Civil Veterinary Department. United Provinces 1932-42 - 1932-1942
Year: 1932
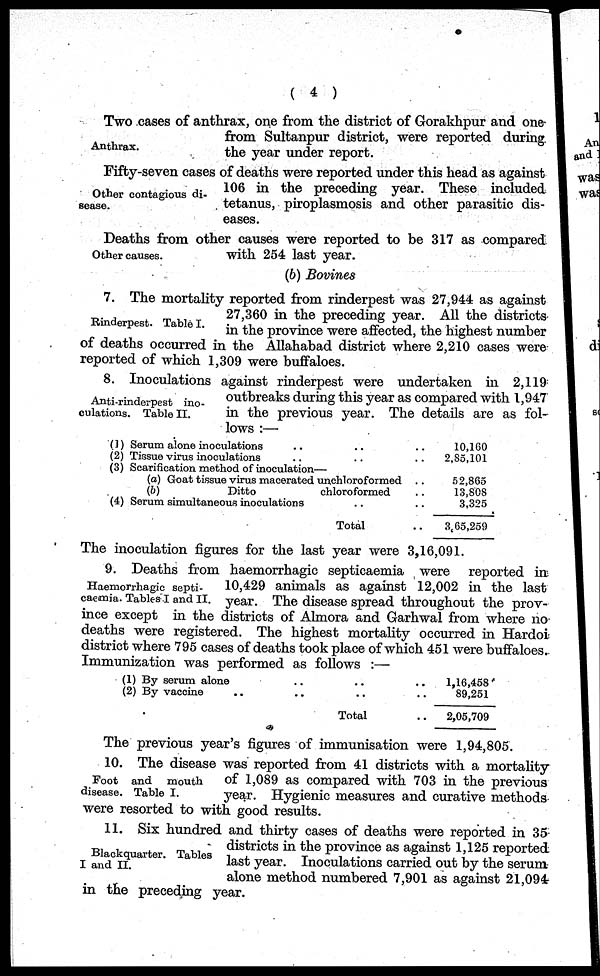
( 4 )
Anthrax.
Two cases of anthrax, one from the district of Gorakhpur and one
from Sultanpur district, were reported during
the year under report.
Other contagious di-
sease.
Fifty-seven cases of deaths were reported under this head as against
106 in the preceding year. These included
tetanus, piroplasmosis and other parasitic dis-
eases.
Other causes.
Deaths from other causes were reported to be 317 as compared
with 254 last year.
(b) Bovines
Rinderpest. Table I.
7. The mortality reported from rinderpest was 27,944 as against
27,360 in the preceding year. All the districts
in the province were affected, the highest number
of deaths occurred in the Allahabad district where 2,210 cases were
reported of which 1,309 were buffaloes.
Anti-rinderpest ino-
culations. Table II.
8. Inoculations against rinderpest were undertaken in 2,119
outbreaks during this year as compared with 1,947
in the previous year. The details are as fol-
-ows:—
(1) Serum alone inoculations .. .. ..
(2) Tissue virus inoculations .. .. ..
(3) Scarification method of inoculation—
(a) Goat tissue virus macerated unchloroformed ..
(b)
Ditto
chloroformed ..
(4) Serum simultaneous inoculations .. ..
Total ..
10,160
2,85,101
52,865
13,808
3,325
3,65,259
The inoculation figures for the last year were 3,16,091.
Haemorrhagic septi-
caemia. Tables I and II.
9. Deaths from haemorrhagic septicaemia were reported in
10,429 animals as against 12,002 in the last
year. The disease spread throughout the prov-
ince except in the districts of Almora and Garhwal from where no
deaths were registered. The highest mortality occurred in Hardoi
district where 795 cases of deaths took place of which 451 were buffaloes.
Immunization was performed as follows :—
(1) By serum alone .. .. ..
(2) By vaccine .. .. .. ..
Total ..
1,16,458
89,251
2,05,709
The previous year's figures of immunisation were 1,94,805.
Foot and
mouth
disease. Table I.
10. The disease was reported from 41 districts with a mortality
of 1,089 as compared with 703 in the previous
year. Hygienic measures and curative methods
were resorted to with good results.
Blackquarter. Tables
I and II.
11. Six hundred and thirty cases of deaths were reported in 35
districts in the province as against 1,125 reported
last year. Inoculations carried out by the serum
alone method numbered 7,901 as against 21,094
in the preceding year.